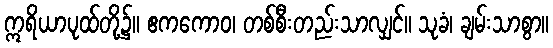
ဣရိယာပုထ်တို့၌။ ဧကကောဝ၊ တစ်စီးတည်းသာလျှင်။ သုခံ၊ ချမ်းသာစွာ။